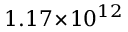
1 . 1 7 \! \times \! 1 0 ^ { 1 2 }